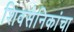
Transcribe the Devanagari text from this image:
शिवसैनिकांचा